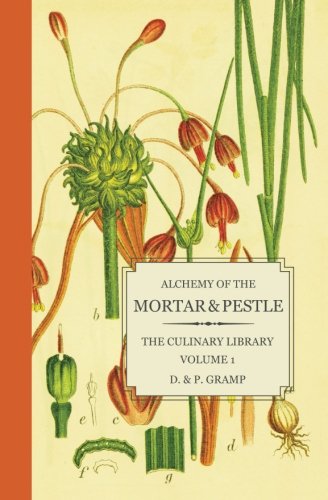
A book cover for Alchemy of the Mortar & Pestle: The Culinary Library Volume 1; D. & P. Gramp; Cookbooks, Food & Wine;